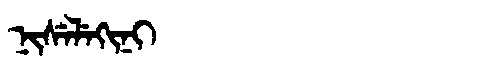
Manchu: ᠨᡳᠰᡝᠯᡝᡴᡳᠨᡳ
Romanization: NISELEKINI